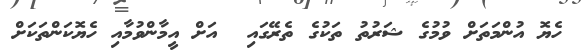
ހެޔޮ އުންމަތަށް ވުމުގެ ޝަރުތު ތަކުގެ ތެރޭގައި  އަށް އީމާންވުމާއި ހެޔޮކަންތަކަށް